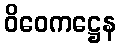
ဝိဝေကဋ္ဌေန